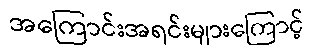
အကြောင်းအရင်းများကြောင့်